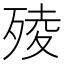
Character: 㱥